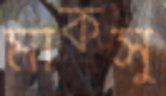
মাকসু